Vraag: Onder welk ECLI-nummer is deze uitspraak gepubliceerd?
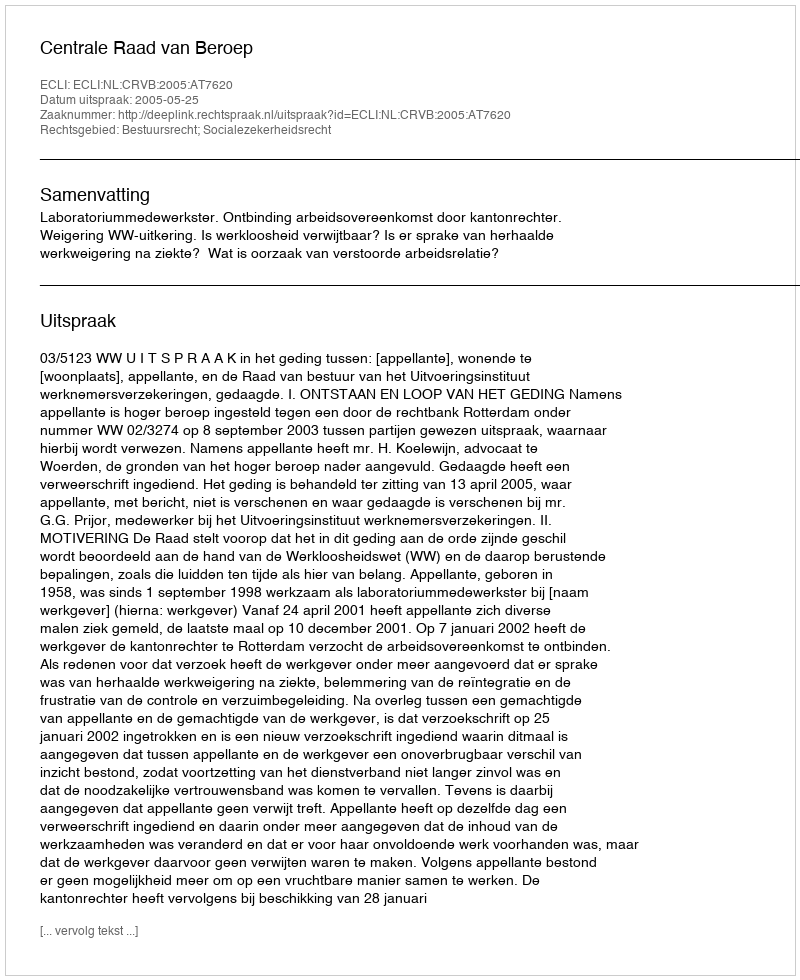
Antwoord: ECLI:NL:CRVB:2005:AT7620